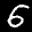
Label: 6